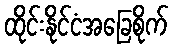
ထိုင်းနိုင်ငံအခြေစိုက်